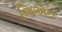
જિએન